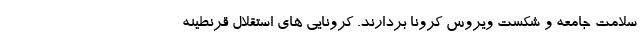
سلامت جامعه و شکست ویروس کرونا بردارند. کرونایی های استقلال قرنطینه